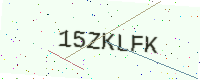
Text: 15ZKLFK